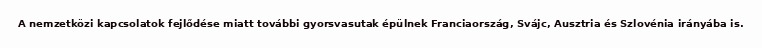
A nemzetközi kapcsolatok fejlődése miatt további gyorsvasutak épülnek Franciaország, Svájc, Ausztria és Szlovénia irányába is.